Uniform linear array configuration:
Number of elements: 48
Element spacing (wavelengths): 0.75
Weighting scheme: hamming
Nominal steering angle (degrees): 30
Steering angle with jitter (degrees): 29.016
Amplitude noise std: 0.05
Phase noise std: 0.05

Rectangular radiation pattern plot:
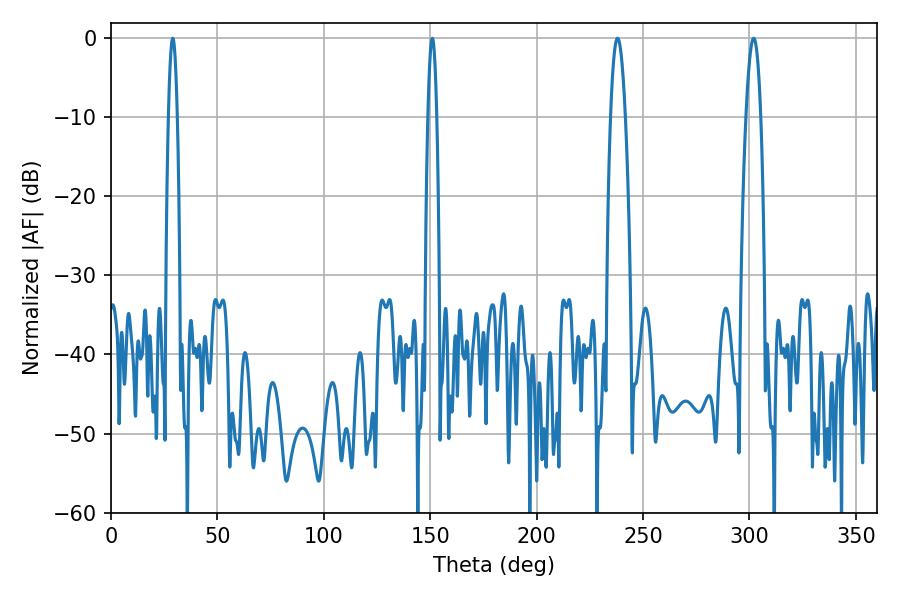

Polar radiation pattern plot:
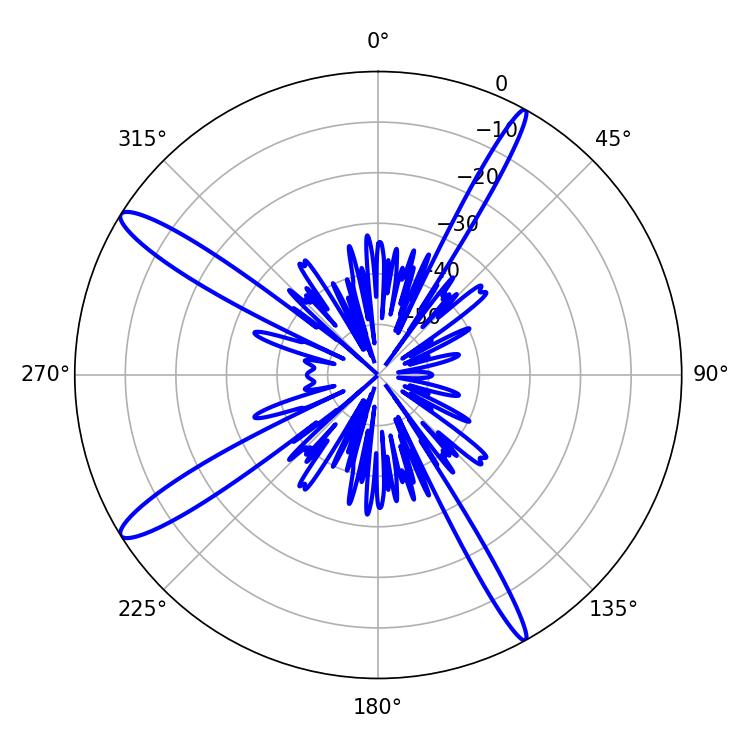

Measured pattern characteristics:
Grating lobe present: TRUE
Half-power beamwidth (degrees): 3.78
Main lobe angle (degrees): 237.96